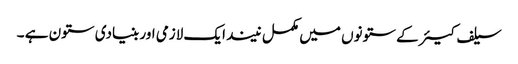
سیلف کیئر کے ستونوں میں مکمل نیند ایک لازمی اور بنیادی ستون ہے ۔